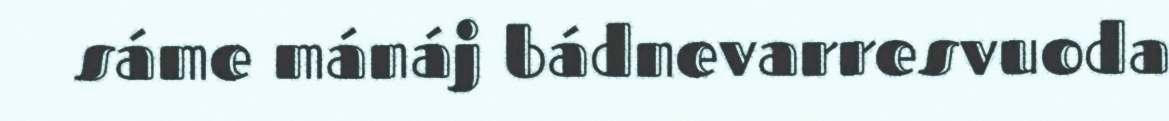
sáme mánáj bádnevarresvuoda